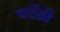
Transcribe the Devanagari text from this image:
बर्टेब्री